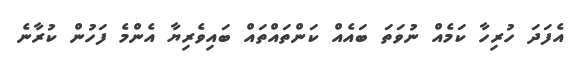
އެފަދަ ހުރިހާ ކަމެއް ނުވަތަ ބައެއް ކަންތައްތައް ބައިވެރިޔާ އެންމެ ފަހުން ކުރާނެ